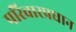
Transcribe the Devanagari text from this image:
परिवारप्रधान